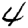
Digit: 4